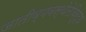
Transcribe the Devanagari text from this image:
जातीव्यवस्थेतेविरूद्ध